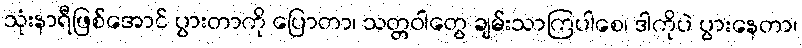
သုံးနာရီဖြစ်အောင် ပွားတာကို ပြောတာ၊ သတ္တဝါတွေ ချမ်းသာကြပါစေ၊ ဒါကိုပဲ ပွားနေတာ၊